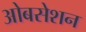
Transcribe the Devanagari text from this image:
ओबसेशन